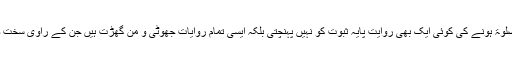
یزید کے شرابی یا تارک صلوٰۃ ہونے کی کوئی ایک بھی روایت پأیہ ثبوت کو نہیں پہنچتی بلکہ ایسی تمام روایات جھوٹی و من گھڑت ہیں جن کے راوی سخت ضعیف بلکہ کذاب بھی ہیں۔